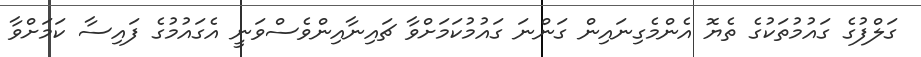
ގަލްފުގެ ގައުމުތަކުގެ ތެޔޮ އެންމެގިނައިން ގަންނަ ގައުމުކަމަށްވާ ޗައިނާއިންވެސްވަނީ އެގައުމުގެ ފައިސާ ކަމަށްވާ